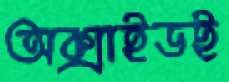
অক্সাইডই